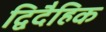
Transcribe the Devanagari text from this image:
द्विदैहिक